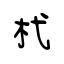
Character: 杙